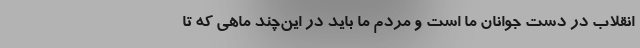
انقلاب در دست جوانان ما است و مردم ما باید در این‌چند ماهی که تا